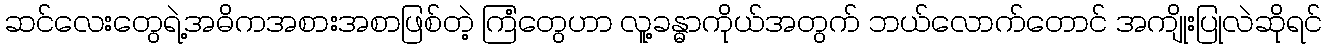
ဆင်လေးတွေရဲ့အဓိကအစားအစာဖြစ်တဲ့ ကြံတွေဟာ လူ့ခန္ဓာကိုယ်အတွက် ဘယ်လောက်တောင် အကျိုးပြုလဲဆိုရင်